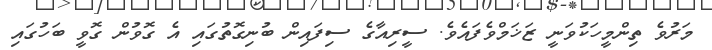
މަރުވެ ތިންމީހަކުވަނީ ޒަޚަމްވެފައެވެ. ސީރިއާގެ ސިފައިން ބުނިގޮތުގައި އެ ގޮވުން ގޮވީ ބަހުގައި